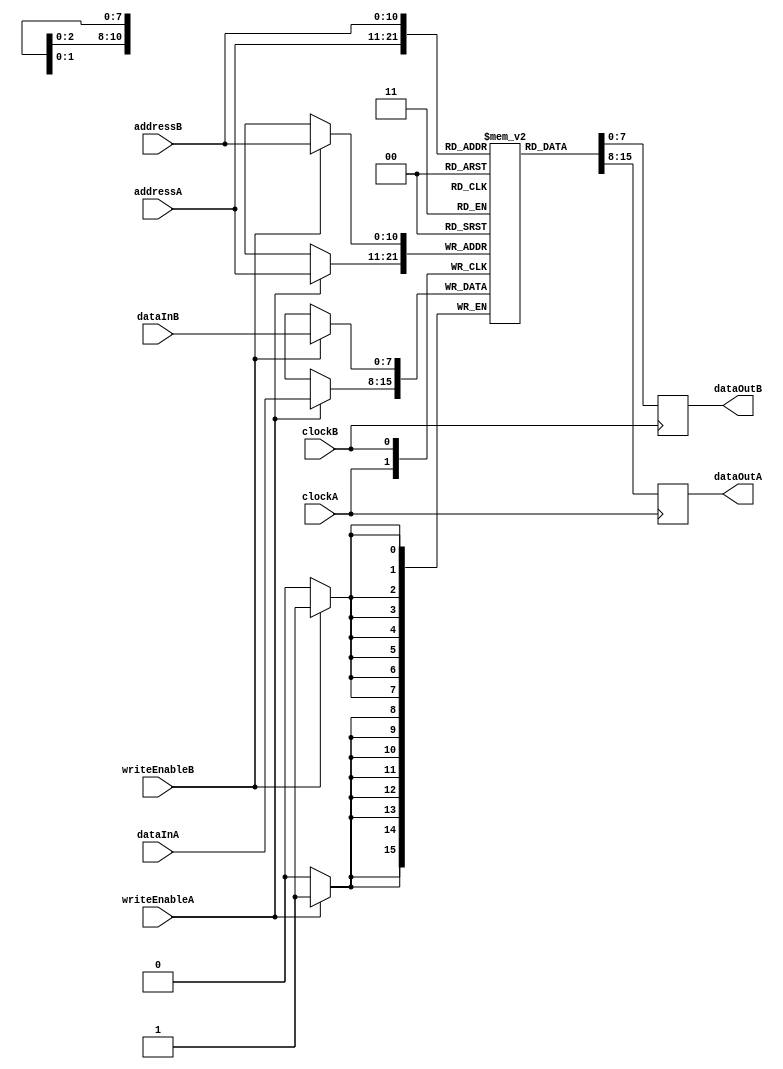
module sram2048X8Dp ( input wire        clockA,
                                        writeEnableA,
                      input wire [10:0] addressA,
                      input wire [7:0]  dataInA,
                      output reg [7:0]  dataOutA,
                      input wire        clockB,
                                        writeEnableB,
                      input wire [10:0] addressB,
                      input wire [7:0]  dataInB,
                      output reg [7:0]  dataOutB);

  reg [7:0] memory [2047:0];
  
  always @ (posedge clockA)
    begin
      if (writeEnableA == 1'b1) memory[addressA] <= dataInA;
      dataOutA <= memory[addressA];
    end

  always @ (posedge clockB)
    begin
      if (writeEnableB == 1'b1) memory[addressB] <= dataInB;
      dataOutB <= memory[addressB];
    end
endmodule